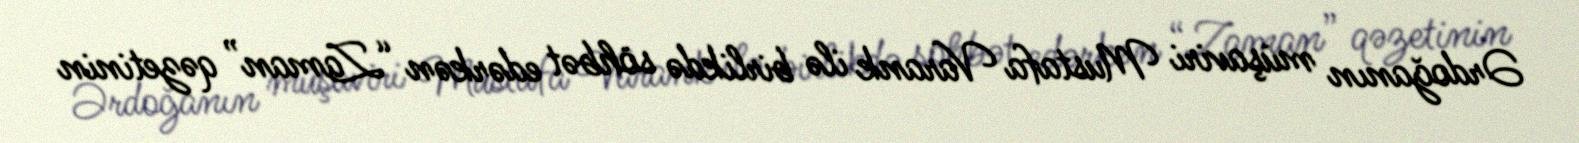
Ərdoğanın müşaviri Mustafa Varank ilə birlikdə söhbət edərkən “Zaman” qəzetinin